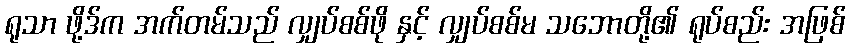
ရုသာ ဖို့ဒ်က အက်တမ်သည် လျှပ်စစ်ဖို နှင့် လျှပ်စစ်မ သဘောတို့၏ ရုပ်စည်း အဖြစ်